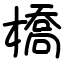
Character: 橋